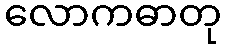
လောကဓာတု